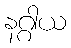
နဂ္ဂါယ